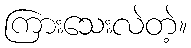
ကြားသေးလဲတဲ့။